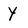
Character: Y